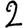
Digit: 2